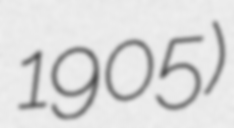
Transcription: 1905)